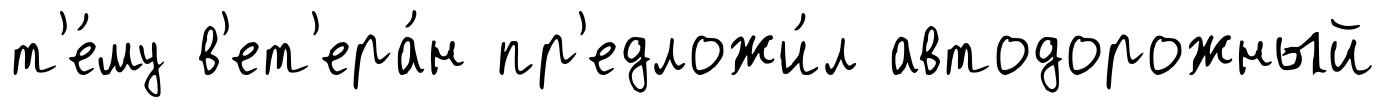
т'е́му в'ет'ера́н пр'едложи́л автодорожный